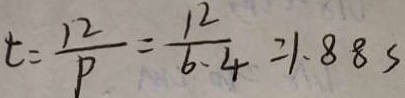
t = \frac { 1 2 } { P } = \frac { 1 2 } { 6 . 4 } = 1 . 8 8 s